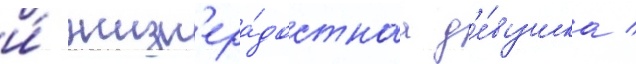
и́ жизн'ера́достнаа д'е́вушка /